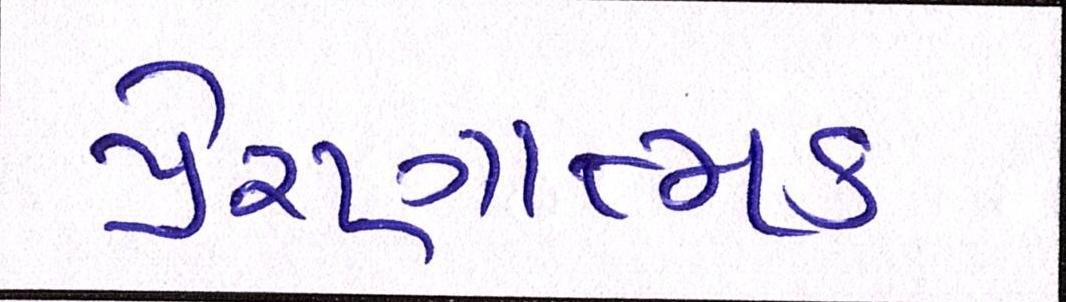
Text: પ્રેરણાત્મક